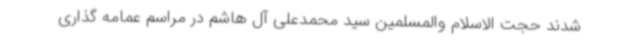
شدند حجت الاسلام والمسلمین سید محمدعلی آل هاشم در مراسم عمامه گذاری